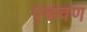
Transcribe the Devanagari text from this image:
एडवण